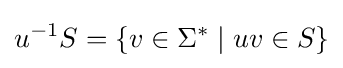
u^{-1}S=\{v\in \Sigma ^{*}\mid uv\in S\}